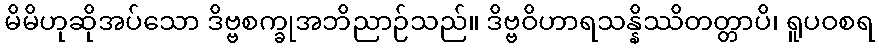
မိမိဟုဆိုအပ်သော ဒိဗ္ဗစက္ခုအဘိညာဉ်သည်။ ဒိဗ္ဗဝိဟာရသန္နိဿိတတ္တာပိ၊ ရူပဝစရ